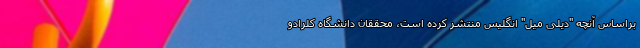
براساس آنچه "دیلی میل" انگلیس منتشر کرده است، محققان دانشگاه کلرادو